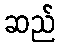
ဆည်